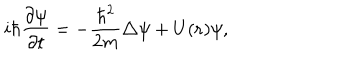
LaTeX: i \hbar { \frac { \partial \psi } { \partial t } } = - { \frac { { \hbar } ^ { 2 } } { 2 m } } \triangle \psi + U ( { \bf r } ) \psi ,